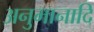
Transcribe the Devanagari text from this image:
अनुमानादि